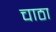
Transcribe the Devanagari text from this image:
चाठा